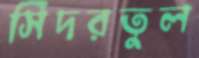
সিদরতুল